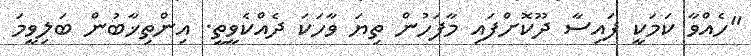
"ހެއްވާ ކަމަކީ ފައިސާ ދޫކޮށްފައި މާފަހުން ތިޔަ ވާހަކަ ދެއްކެވީތީ. އިންތިޚާބުން ބަލިވީމަ